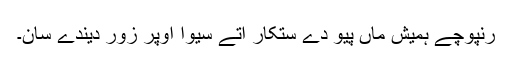
رنپوچے ہمیش ماں پیو دے ستکار اتے سیوا اوپر زور دیندے سان۔